Scottish Leaving Certificate Examination, 1958
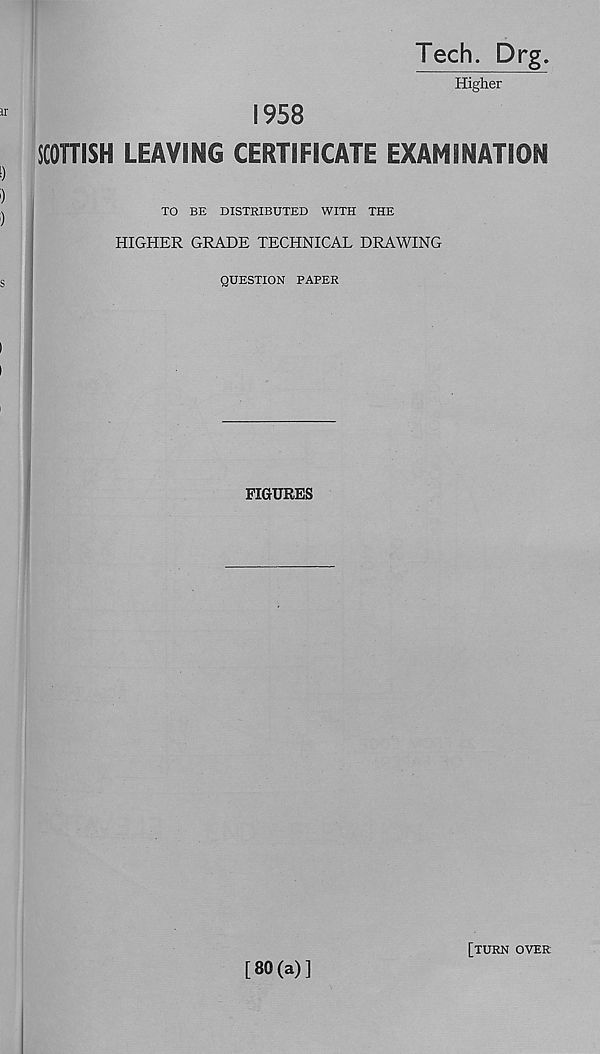
Tech. Drg.
Higher
1958
SCOTTISH LEAVING CERTIFICATE EXAMINATION
TO BE DISTRIBUTED WITH THE
HIGHER GRADE TECHNICAL DRAWING
QUESTION PAPER
FIGURES
[80(a)]
[turn over